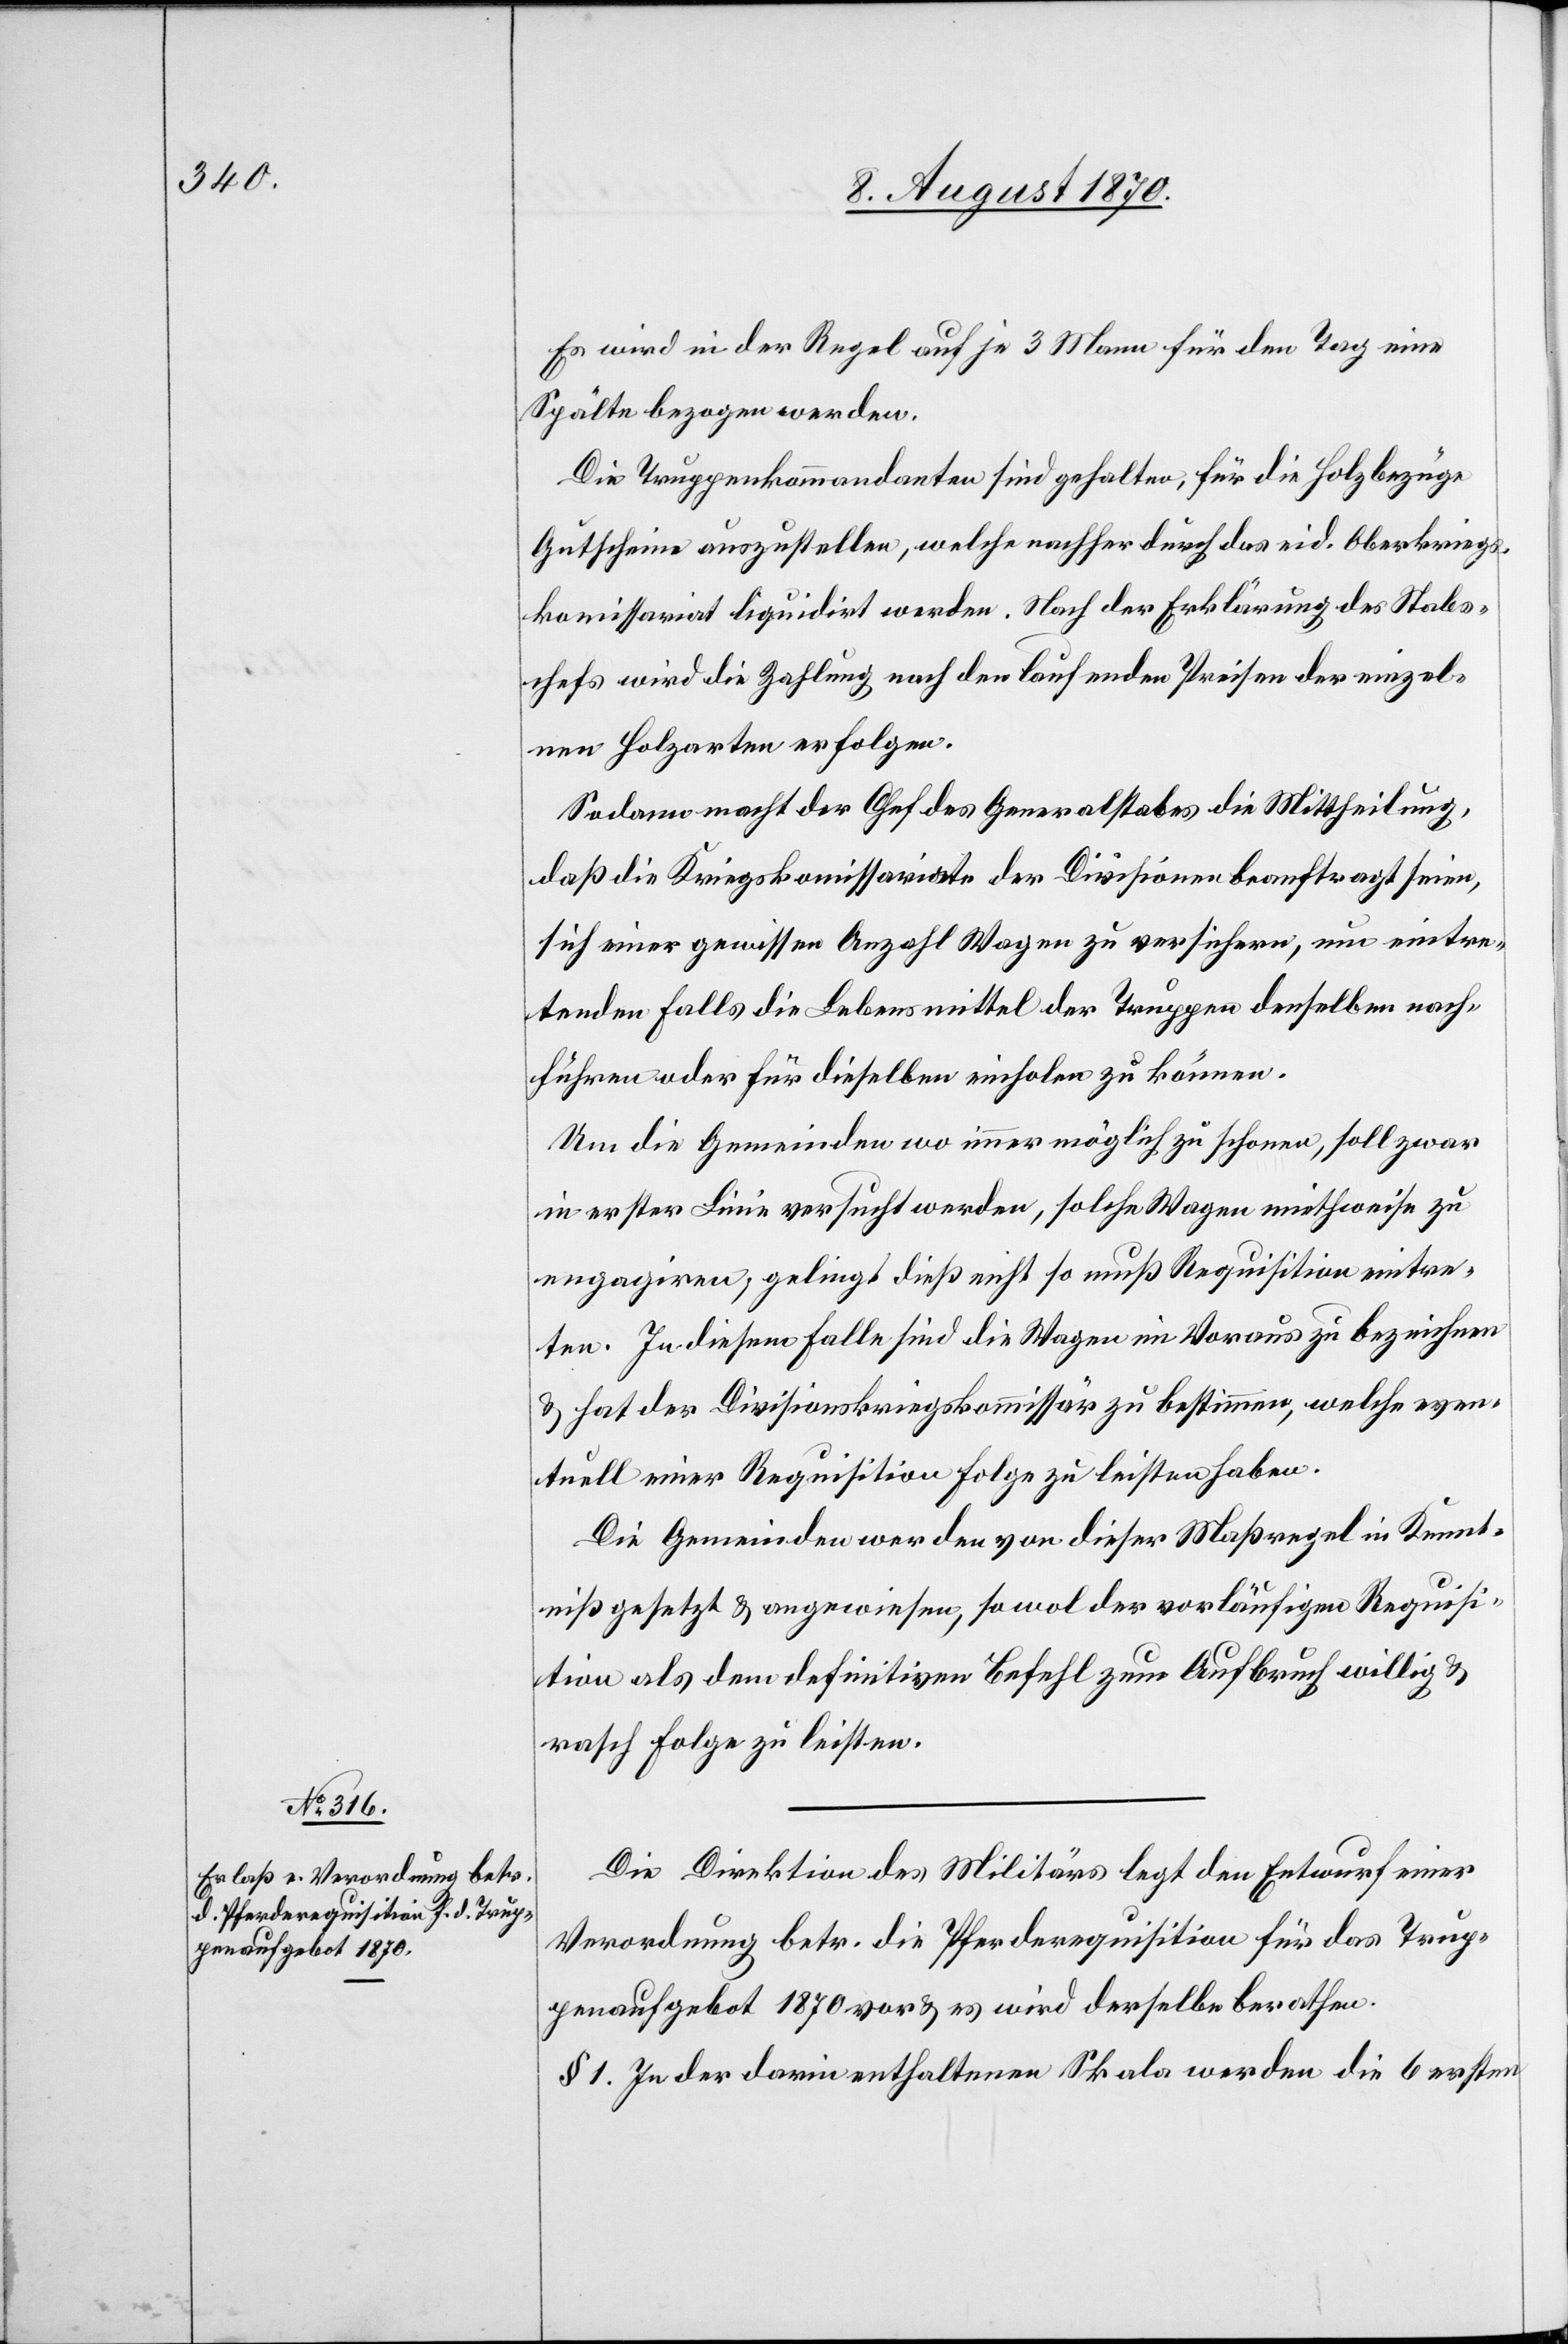
Es wird in der Regel auf je 3 Mann für den Tag eine
Spälte bezogen werden.
Die Truppenkommandanten sind gehalten, für die Holzbezüge
Gutscheine auszustellen, welche nachher durch das eid. Oberkriegs¬
kom[m]issariat liquidirt werden. Nach der Erklärung des Stabs¬
chefs wird die Zahlung nach den laufenden Preisen der einzel¬
nen Holzarten erfolgen.
Sodann macht der Chef des Generalstabes die Mittheilung,
daß die Kriegskommissariate der Divisionen beauftragt seien,
sich einer gewissen Anzahl Wagen zu versichern, um eintre¬
tenden Falls die Lebensmittel der Truppen denselben nach¬
führen oder für dieselben einholen zu können.
Um die Gemeinden wo immer möglich zu schonen, soll zwar
in erster Linie versucht werden, solche Wagen miethweise zu
engagiren; gelingt dieß nicht[,] so muß Requisition eintre¬
ten. In diesem Falle sind die Wagen im Voraus zu bezeichnen
& hat der Divisionskriegskommissär zu bestimmen, welche even¬
tuell einer Requisition Folge zu leisten haben.
Die Gemeinden werden von dieser Maßregel in Kennt¬
niß gesetzt & angewiesen, sowol der vorläufigen Requisi¬
tion als dem definitiven Befehl zum Aufbruch willig &
rasch Folge zu leisten.
Die Direktion des Militärs legt den Entwurf einer
Verordnung betr. die Pferderequisition für das Trup¬
penaufgebot 1870 vor & es wird derselbe berathen.
§ 1. In der darin enthaltenen Skala werden die 6 ersten